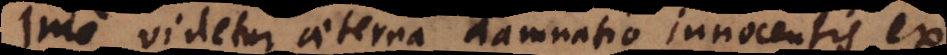
Imo videtur aeterna damnatio innocentis ex